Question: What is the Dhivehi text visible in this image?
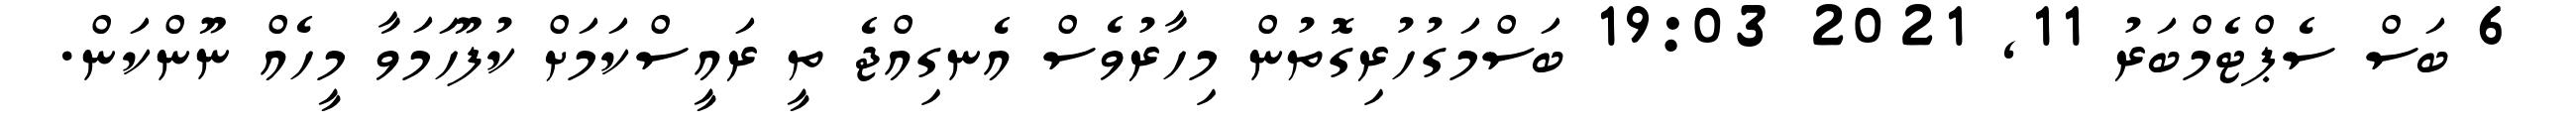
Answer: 6 ބަސް ސެޕްޓެމްބަރު 11, 2021 19:03 ބަސްމަގުހުރިގޮތުން މިހާރުވެސް އެނގިއްޖެ ތީ ރައީސްކަމަށް ކުފޫހަމަވާ މީހެއް ނޫންކަން.